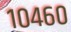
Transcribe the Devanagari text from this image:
१०४६०